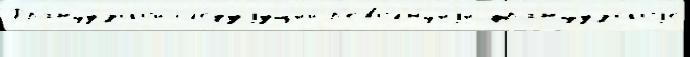
Францу́зской сл'е́дуjущий р'евол'ю́циjи францу́зскоjе